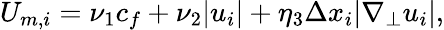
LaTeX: \begin{array}{r}{U_{m,i}=\nu_{1}c_{f}+\nu_{2}|u_{i}|+\eta_{3}\Delta x_{i}|\nabla_{\perp}u_{i}|,}\end{array}